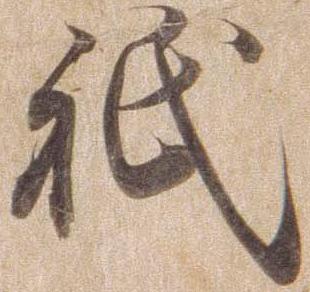
祇